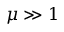
\mu \gg 1 \protect \protect \protect \protect